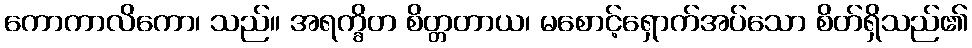
ကောကာလိကော၊ သည်။ အရက္ခိတ စိတ္တတာယ၊ မစောင့်ရှောက်အပ်သော စိတ်ရှိသည်၏